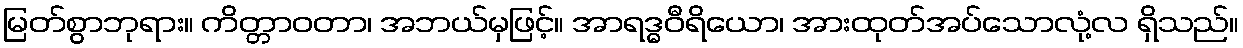
မြတ်စွာဘုရား။ ကိတ္တာဝတာ၊ အဘယ်မှဖြင့်။ အာရဒ္ဓဝီရိယော၊ အားထုတ်အပ်သောလုံ့လ ရှိသည်။